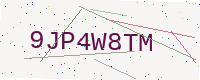
Text: 9JP4W8TM